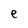
Character: e